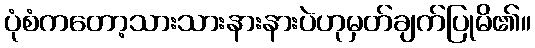
ပုံစံကတော့သားသားနားနားပဲဟုမှတ်ချက်ပြုမိ၏။